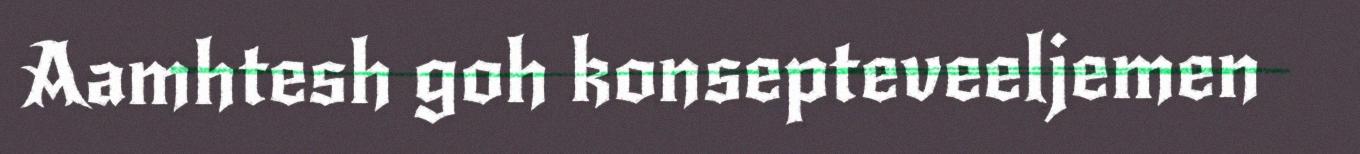
Aamhtesh goh konsepteveeljemen